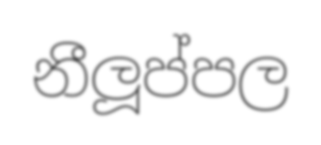
නීලූප්පල